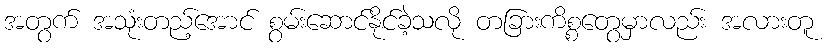
အတွက် အသုံးတည့်အောင် စွမ်းဆောင်နိုင်ခဲ့သလို တခြားကိစ္စတွေမှာလည်း အလားတူ